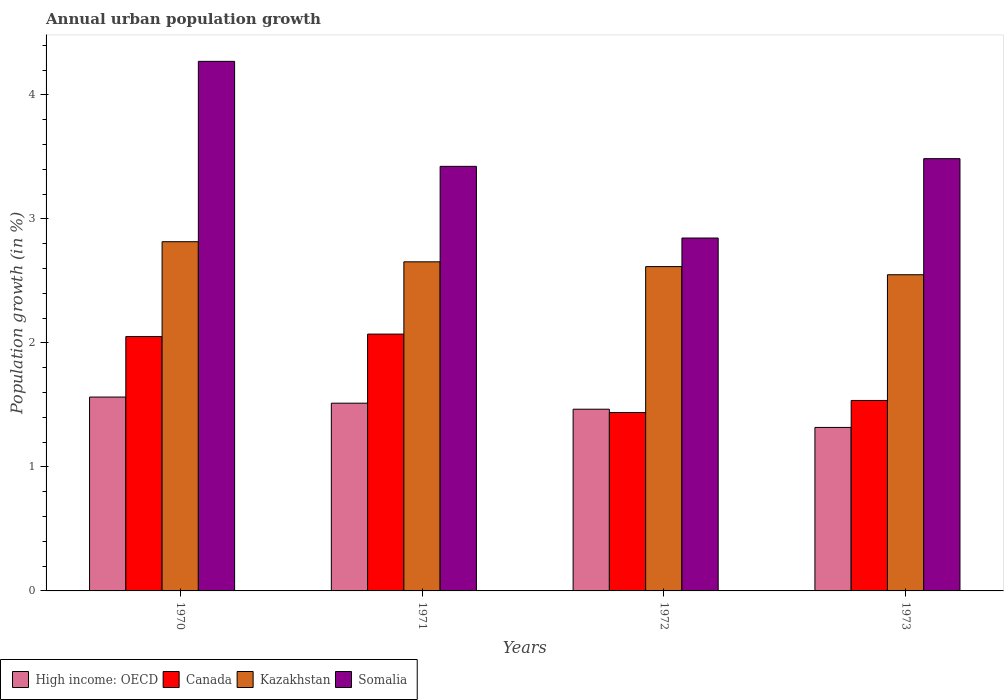
| Years | High income: OECD | Canada | Kazakhstan | Somalia |
 | --- | --- | --- | --- | --- |
 | 1970 | 1.56 | 2.05 | 2.82 | 4.27 |
 | 1971 | 1.51 | 2.07 | 2.65 | 3.42 |
 | 1972 | 1.47 | 1.44 | 2.62 | 2.85 |
 | 1973 | 1.32 | 1.54 | 2.55 | 3.49 |